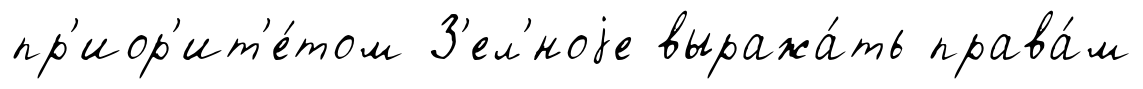
пр'иор'ит'е́том З'ел'́ноjе выража́ть права́м